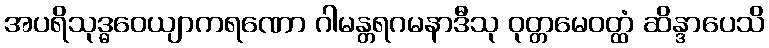
အပရိသုဒ္ဓဝေယျာကရဏော ဂါမန္တရဂမနာဒီသု ဝုတ္တမေဝတ္ထံ ဆိန္ဒာပေသိ